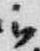
被